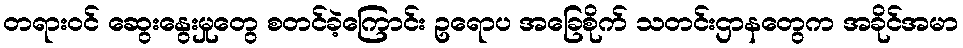
တရားဝင် ဆွေးနွေးမှုတွေ စတင်ခဲ့ကြောင်း ဥရောပ အခြေစိုက် သတင်းဌာနတွေက အခိုင်အမာ